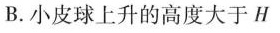
B.小皮球上升的高度大于H